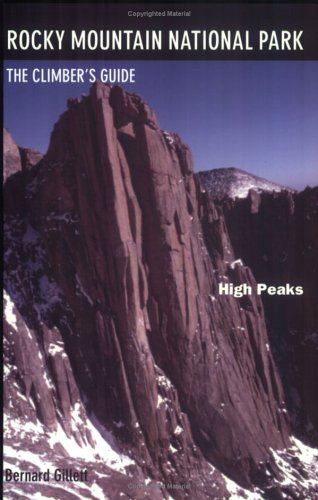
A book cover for Rocky Mountain National Park: High Peaks: The Climber'S Guide; Bernard Gillett; Travel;